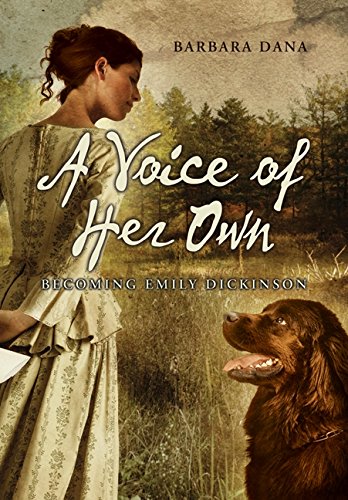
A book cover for A Voice of Her Own: Becoming Emily Dickinson; Barbara Dana; Teen & Young Adult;